Lunatic asylums Madras 1892-1911 - 1892-1911
Year: 1892
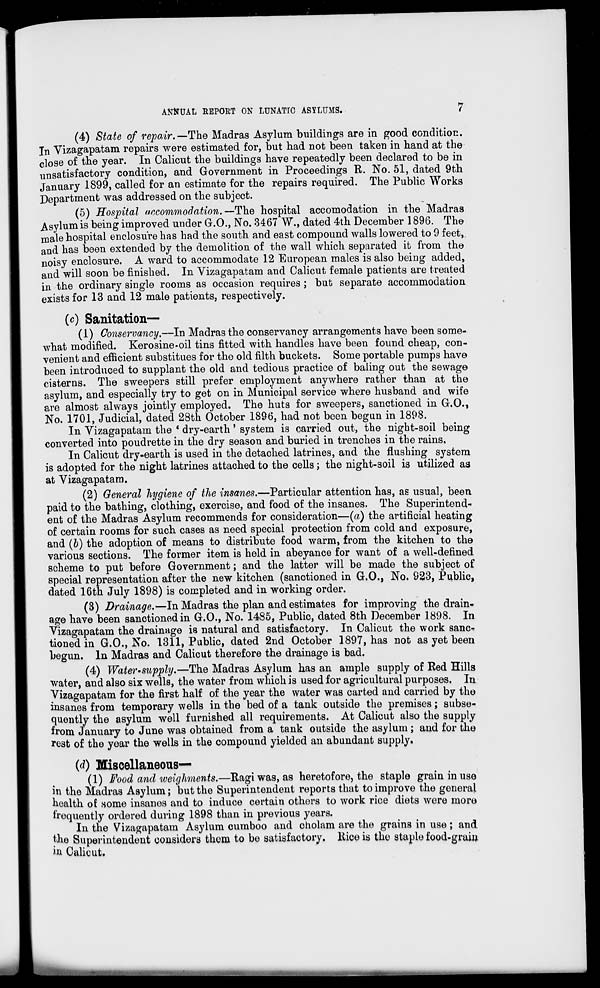
ANNUAL REPORT ON LUNATIC ASYLUMS.
7
(4) State of repair.—The Madras Asylum buildings are in good condition.
Jn Vizagapatam repairs were estimated for, but had not been taken in hand at the
close of the year. In Calicut the buildings have repeatedly been declared to be in
unsatisfactory condition, and Government in Proceedings R. No. 51, dated 9th
January 1899, called for an estimate for the repairs required. The Public Works
Department was addressed on the subject.
(5) Hospital accommodation.—The hospital accomodation in the Madras
Asylum is being improved under G.O., No. 3467 W., dated 4th December 1896. The
male hospital enclosure has had the south and east compound walls lowered to 9 feet,,
and has been extended by the demolition of the wall which separated it from the
noisy enclosure. A ward to accommodate 12 European males is also being added,
and will soon be finished. In Vizagapatam and Calicut female patients are treated
in the ordinary single rooms as occasion requires; but separate accommodation
exists for 13 and 12 male patients, respectively.
(c) Sanitation—
(1) Conservancy.—In Madras the conservancy arrangements have been some-
what modified. Kerosine-oil tins fitted with handles have been found cheap, con-
venient and efficient substitues for the old filth buckets. Some portable pumps have
been introduced to supplant the old and tedious practice of baling out the sewage
cisterns. The sweepers still prefer employment anywhere rather than at the
asylum, and especially try to get on in Municipal service where husband and wife
are almost always jointly employed. The huts for sweepers, sanctioned in G.O.,
No. 1701, Judicial, dated 28th October 1896, had not been begun in 1898.
In Vizagapatam the * dry-earth' system is carried out, the night-soil being
converted into poudrette in the dry season and buried in trenches in the rains.
In Calicut dry-earth is used in the detached latrines, and the flushing system
is adopted for the night latrines attached to the cells; the night-soil is utilized as
at Vizagapatam.
(2) General hygiene of the insanes.—Particular attention has, as usual, been
paid to the bathing, clothing, exercise, and food of the insanes. The Superintend^
ent of the Madras Asylum recommends for consideration—(a) the artificial heating
of certain rooms for such cases as need special protection from cold and exposure,
and (b) the adoption of means to distribute food warm, from the kitchen to the
various sections. The former item is held in abeyance for want of a well-defined
scheme to put before Government; and the latter will be made the subject of
special representation after the new kitchen (sanctioned in G.O., No. 923, Public,
dated 16th July 1898) is completed and in working order.
(3) Drainage.—In Madras the plan and estimates for improving the drain-
age have been sanctioned in G.O., No. 1485, Public, dated 8th December 1898. In
Vizagapatam the drainage is natural and satisfactory. In Calicut the work sanc^
tioned in G.O., No. 1311, Public, dated 2nd October 1897, has not as yet been
begun. In Madras and Calicut therefore the drainage is bad.
(4) Water-supply.—The Madras Asylum has an ample supply of Red Hills
water, and also six wells, the water from which is used for agricultural purposes. In
Vizagapatam for the first half of the year the water was carted and carried by the
insanes from temporary wells in the bed of a tank outside the premises; subse-
quently the asylum well furnished all requirements. At Calicut also the supply
from January to June was obtained from a tank outside the asylum ; and for the
re3t of the year the wells in the compound yielded an abundant supply.
(d) Miscellaneous—
(1) Food and iveighments.—Itagi was, as heretofore, the staple grain in use
in the Madras Asylum; but the Superintendent reports that to improve the general
health of some insanes and to induce certain others to work rice diets were more
frequently ordered during 1898 than in previous years.
In the Vizagapatam Asylum cumboo and cholam are the grains in use ; and
the Superintendent considers them to be satisfactory, liice is the staple food-grain
ia Culicut.